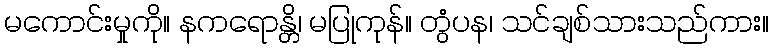
မကောင်းမှုကို။ နကရောန္တိ၊ မပြုကုန်။ တွံပန၊ သင်ချစ်သားသည်ကား။